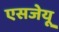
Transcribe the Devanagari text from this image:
एसजेयू